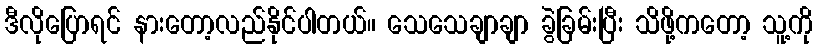
ဒီလိုပြောရင် နားတော့လည်နိုင်ပါတယ်။ သေသေချာချာ ခွဲခြမ်းပြီး သိဖို့ကတော့ သူ့ကို